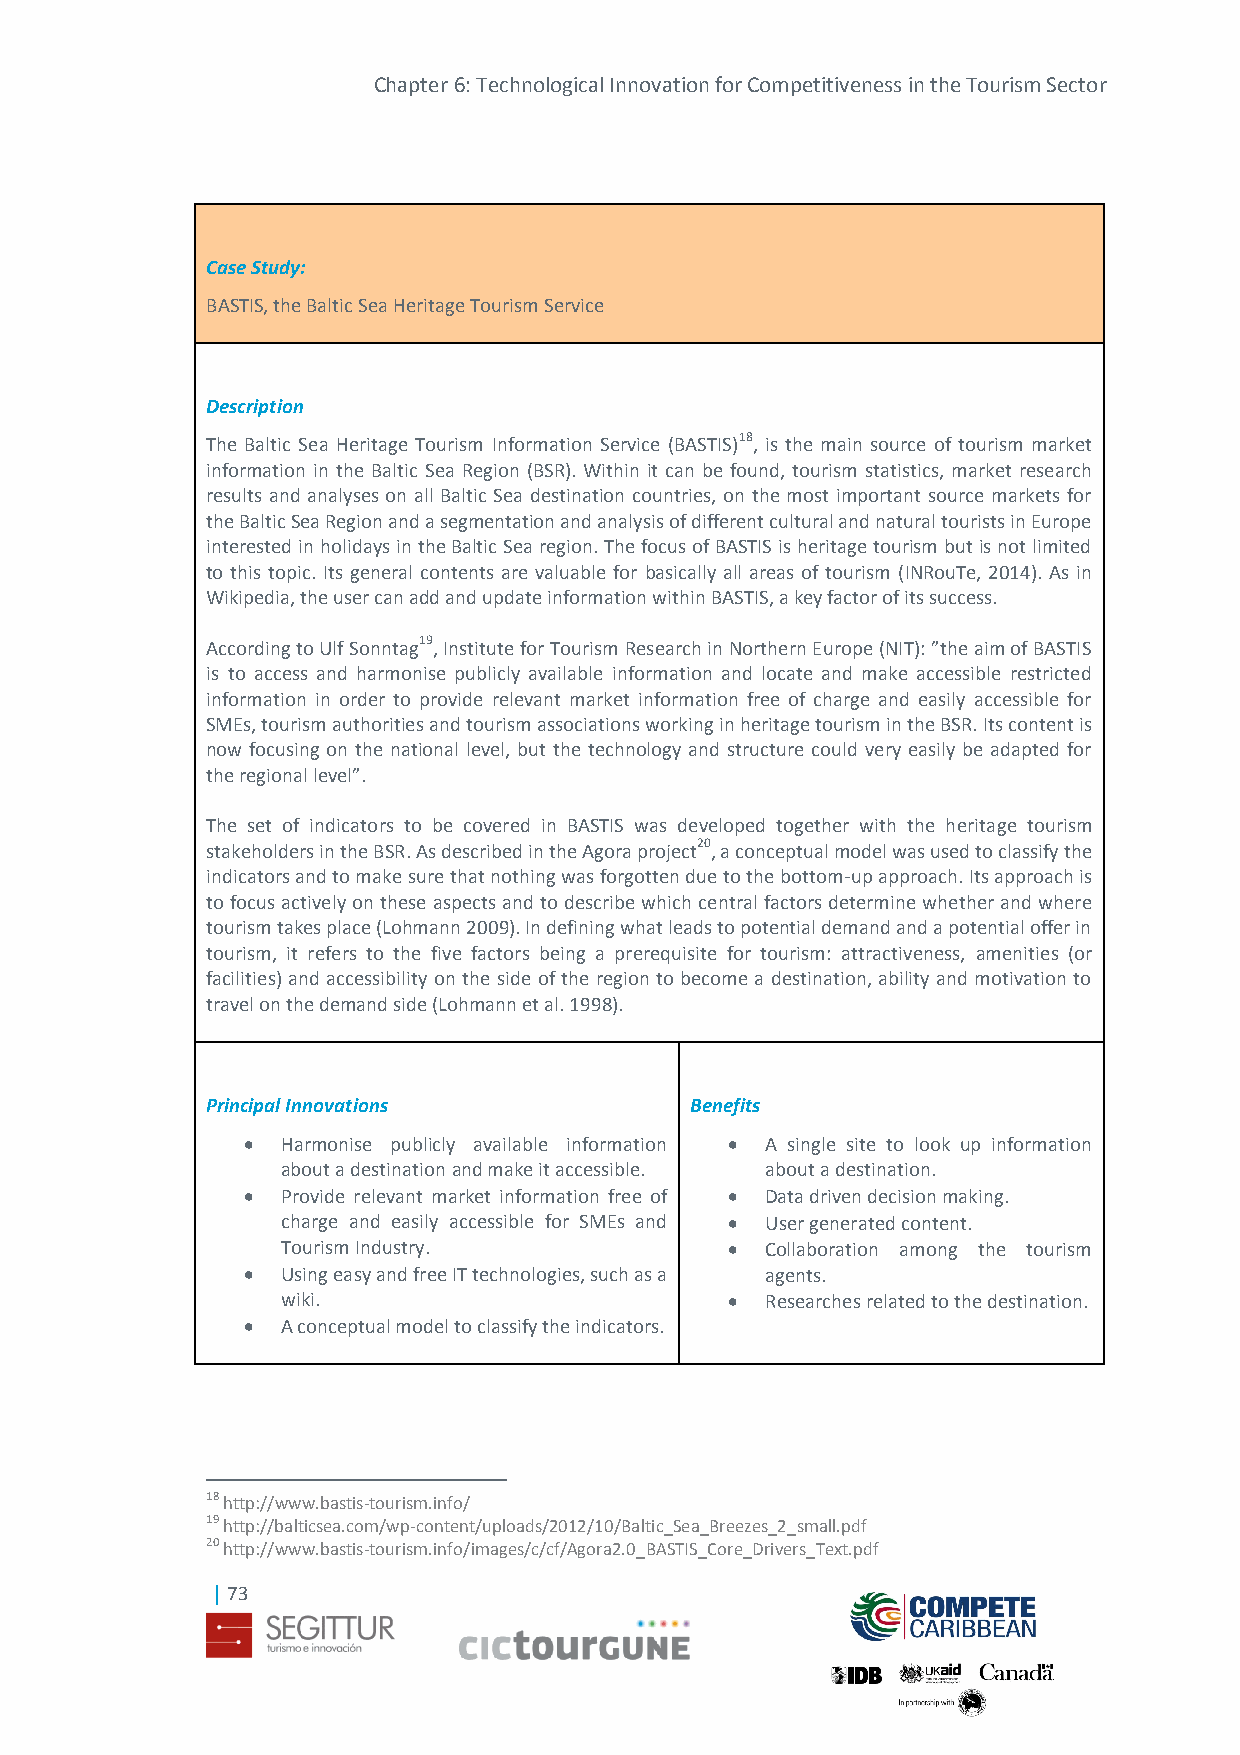
Chapter 6: Technological Innovation for Competitiveness in the Tourism Sector
 Case Study:
 BASTIS, the Baltic Sea Heritage Tourism Service
 Description
 The Baltic Sea Heritage Tourism Information Service (BASTIS)18, is the main source of tourism market
 information in the Baltic Sea Region (BSR). Within it can be found, tourism statistics, market research
 results and analyses on all Baltic Sea destination countries, on the most important source markets for
 the Baltic Sea Region and a segmentation and analysis of different cultural and natural tourists in Europe
 interested in holidays in the Baltic Sea region. The focus of BASTIS is heritage tourism but is not limited
 to this topic. Its general contents are valuable for basically all areas of tourism (INRouTe, 2014). As in
 Wikipedia, the user can add and update information within BASTIS, a key factor of its success.
 According to Ulf Sonntag19, Institute for Tourism Research in Northern Europe (NIT): ”the aim of BASTIS
 is to access and harmonise publicly available information and locate and make accessible restricted
 information in order to provide relevant market information free of charge and easily accessible for
 SMEs, tourism authorities and tourism associations working in heritage tourism in the BSR. Its content is
 now focusing on the national level, but the technology and structure could very easily be adapted for
 the regional level”.
 The set of indicators to be covered in BASTIS was developed together with the heritage tourism
 stakeholders in the BSR. As described in the Agora project20, a conceptual model was used to classify the
 indicators and to make sure that nothing was forgotten due to the bottom-up approach. Its approach is
 to focus actively on these aspects and to describe which central factors determine whether and where
 tourism takes place (Lohmann 2009). In defining what leads to potential demand and a potential offer in
 tourism, it refers to the five factors being a prerequisite for tourism: attractiveness, amenities (or
 facilities) and accessibility on the side of the region to become a destination, ability and motivation to
 travel on the demand side (Lohmann et al. 1998).
 Principal Innovations           Benefits
   Harmonise publicly available information  A single site to look up information
 about a destination and make it accessible. about a destination.
   Provide relevant market information free of  Data driven decision making.
 charge and easily accessible for SMEs and  User generated content.
 Tourism Industry.              Collaboration among the tourism
   Using easy and free IT technologies, such as a agents.
 wiki.                          Researches related to the destination.
   A conceptual model to classify the indicators.
 18 http://www.bastis-tourism.info/
 19 http://balticsea.com/wp-content/uploads/2012/10/Baltic_Sea_Breezes_2_small.pdf
 20 http://www.bastis-tourism.info/images/c/cf/Agora2.0_BASTIS_Core_Drivers_Text.pdf
 | 73